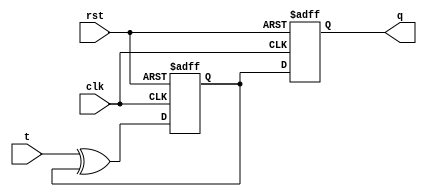
module T_flip_flop (
    input wire clk,
    input wire rst,
    input wire t,
    output reg q
);

reg d1, d2;

// Master flip-flop
always @(posedge clk or posedge rst) begin
    if (rst) begin
        d1 <= 1'b0;
    end else begin
        d1 <= t ^ d1;
    end
end

// Slave flip-flop
always @(negedge clk or posedge rst) begin
    if (rst) begin
        d2 <= 1'b0;
    end else begin
        d2 <= d1;
    end
end

assign q = d2;

endmodule